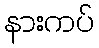
နားကပ်